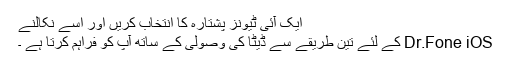
ایک آئی ٹیونز پشتارہ کا انتخاب کریں اور اسے نکالنے
Dr.Fone iOS کے لئے تین طریقے سے ڈیٹا کی وصولی کے ساتھ آپ کو فراہم کرتا ہے ۔